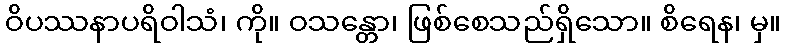
ဝိပဿနာပရိဝါသံ၊ ကို။ ဝသန္တော၊ ဖြစ်စေသည်ရှိသော။ စိရေန၊ မှ။